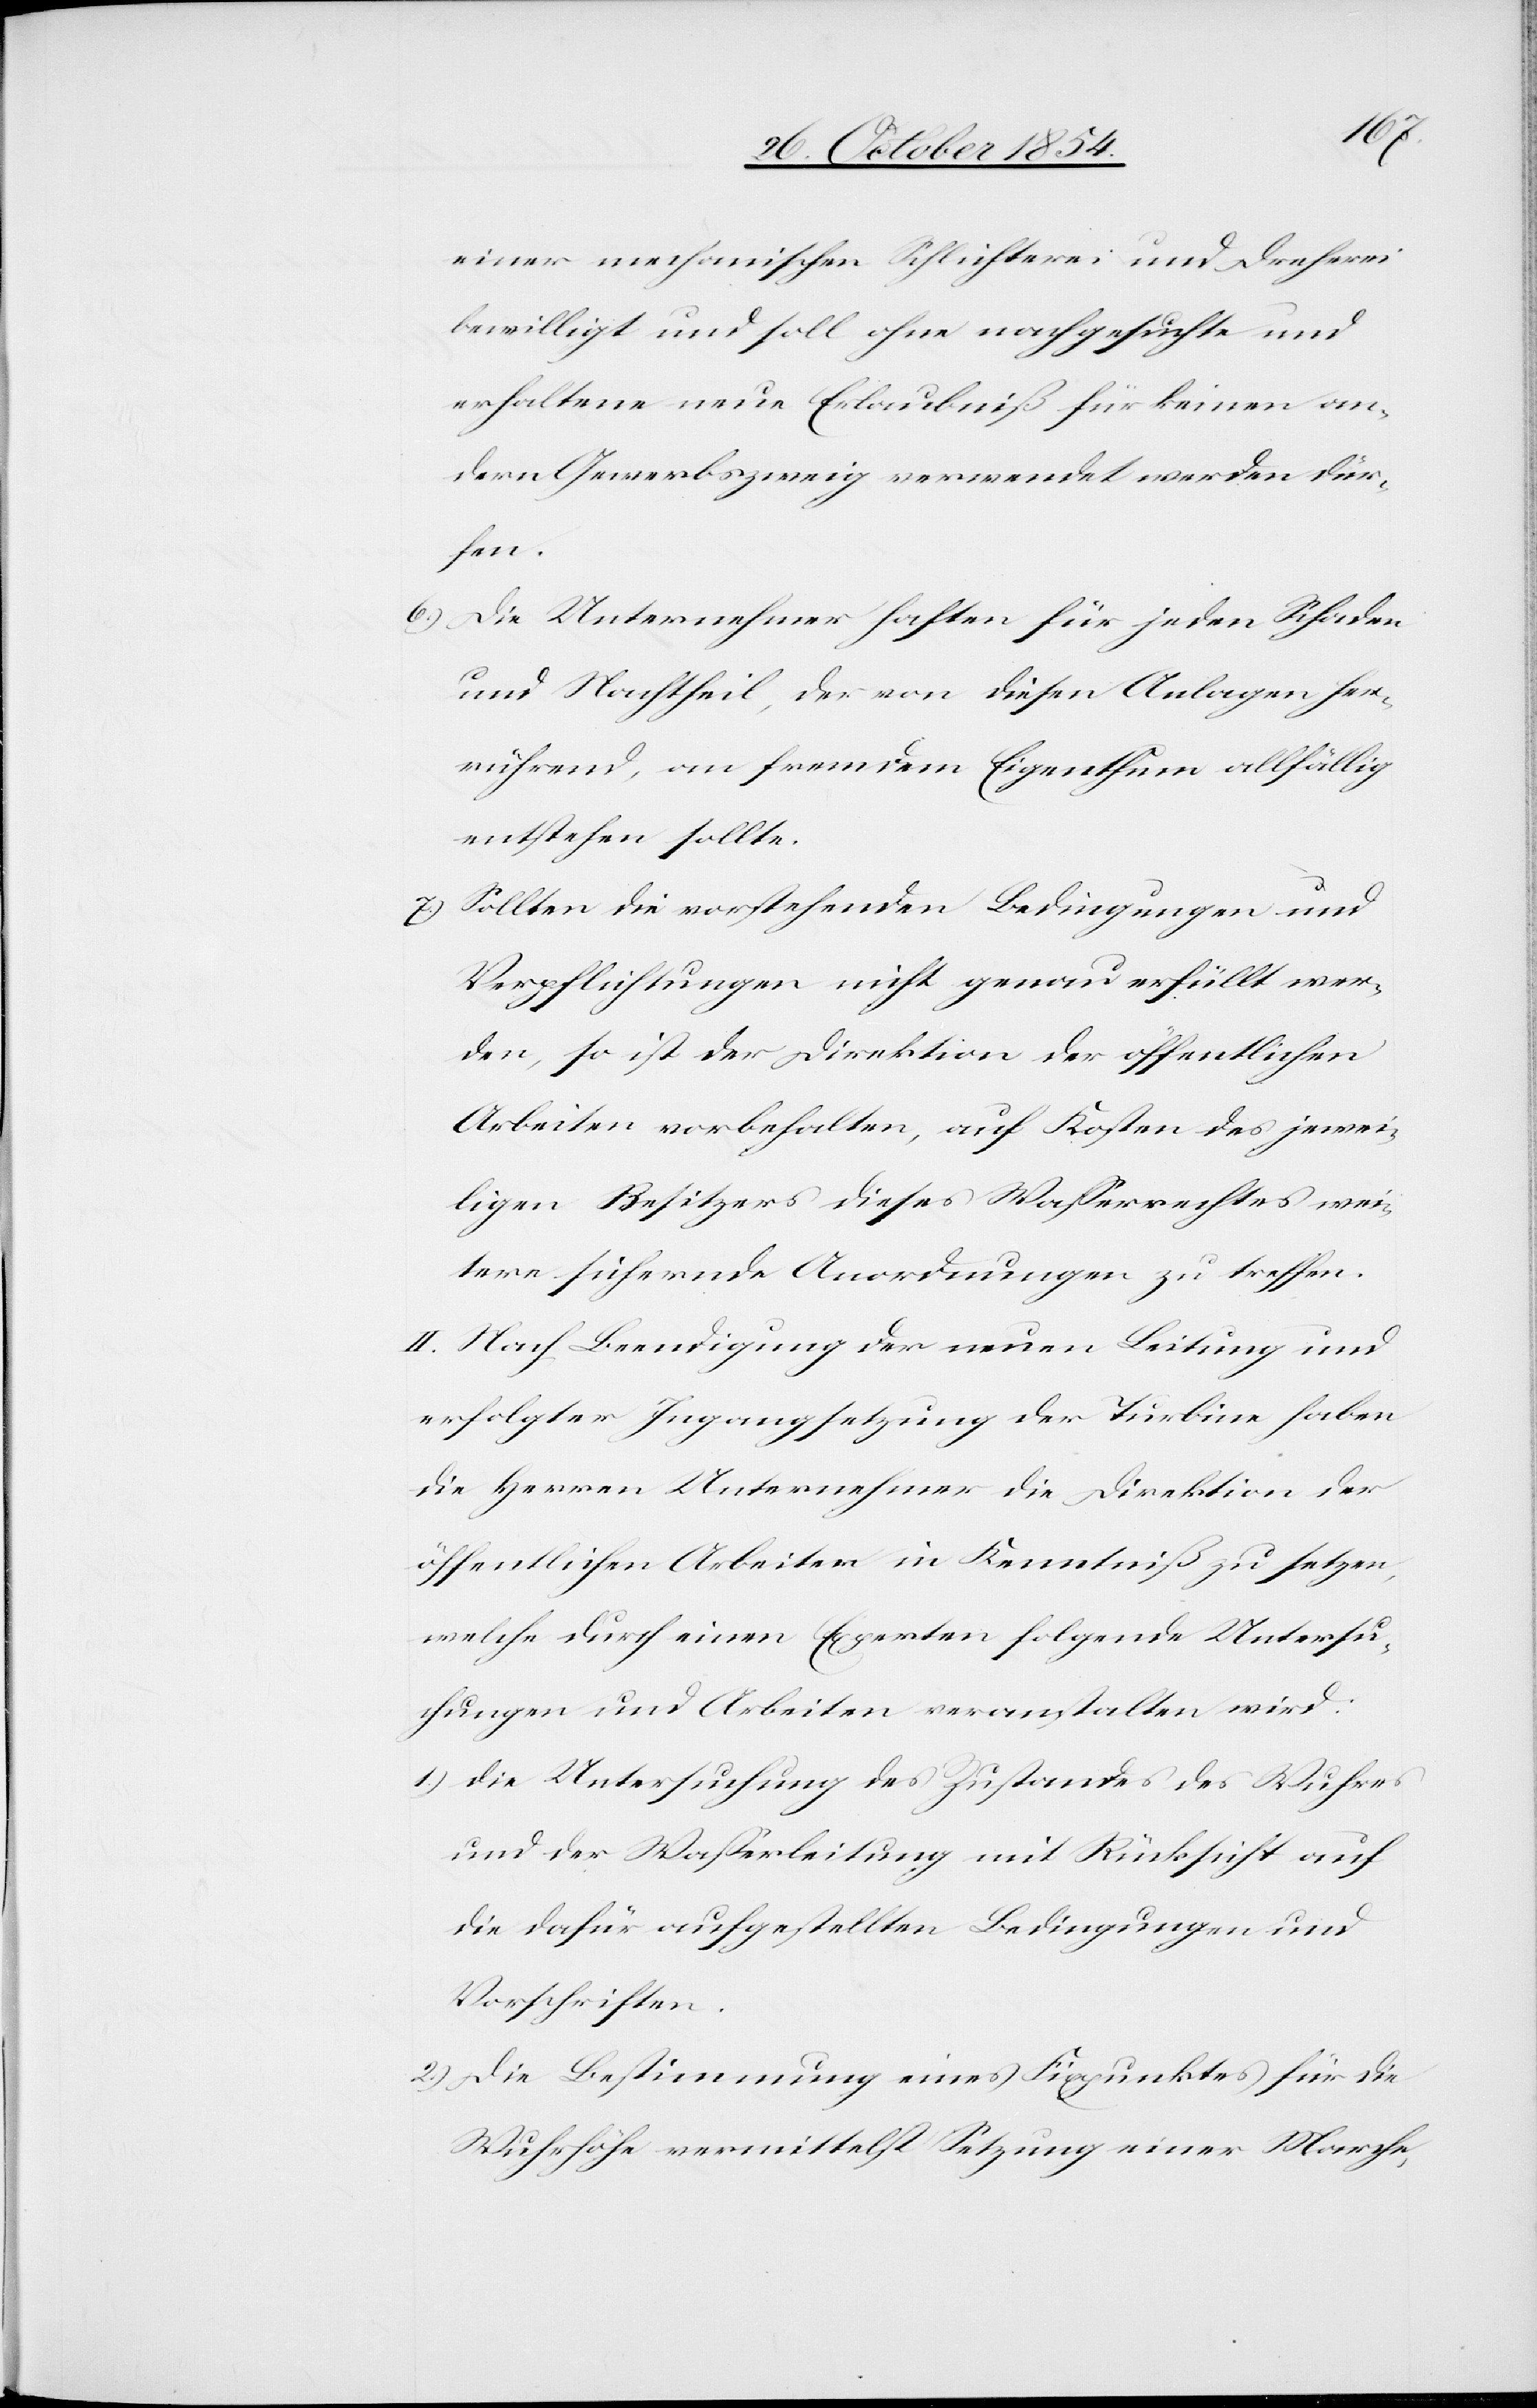
einer mechanischen Schlichterei und Dreherei
bewilligt und soll ohne nachgesuchte und
erhaltene neue Erlaubniß für keinen an¬
dern Gewerbszweig verwendet werden dür¬
fen.
6.) Die Unternehmer haften für jeden Schaden
und Nachtheil, der von diesen Anlagen her¬
rührend, an fremdem Eigenthum allfällig
entstehen sollte.
7.) Sollten die vorstehenden Bedingungen und
Verpflichtungen nicht genau erfüllt wer¬
den, so ist der Direktion der öffentlichen
Arbeiten vorbehalten, auf Kosten des jewei¬
ligen Besitzers dieses Waßerrechtes wei¬
tere sichernde Anordnungen zu treffen.
II. Nach Beendigung der neuen Leitung und
erfolgter Ingangsetzung der Turbine haben
die Herren Unternehmer die Direktion der
öffentlichen Arbeiten in Kenntniß zu setzen,
welche durch eine Experten folgende Untersu¬
chungen und Arbeiten veranstalten wird:
1.) Die Untersuchung des Zustandes des Wuhres
und der Waßerleitung mit Rücksicht auf
die dafür aufgestellten Bedingungen und
Vorschriften.
2.) Die Bestimmung eines Fixpunktes für die
Wuhrhöhe vermittelst Setzung einer Marche,